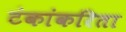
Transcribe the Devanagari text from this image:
टंकांकरिता